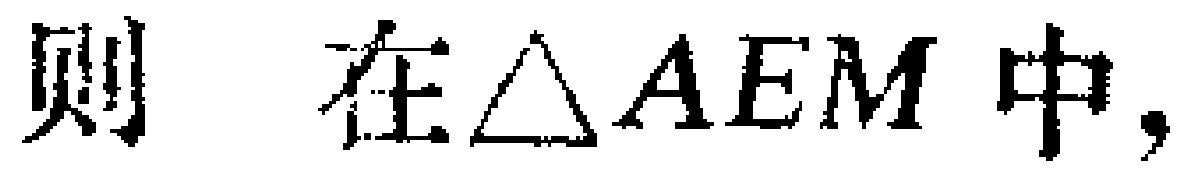
则 在$\triangle AEM$中，